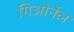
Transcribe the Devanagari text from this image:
गिओर्नेल